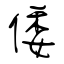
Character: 倭